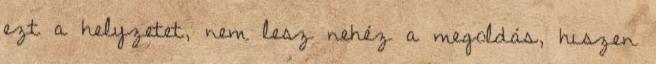
ezt a helyzetet, nem lesz nehéz a megoldás, hiszen